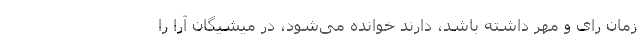
زمان رای و مُهر داشته باشد، دارند خوانده می‌شود، در میشیگان آرا را